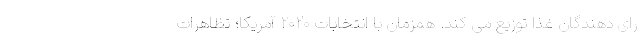
رای دهندگان غذا توزیع می کند. همزمان با انتخابات ۲۰۲۰ آمریکا؛ تظاهرات